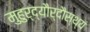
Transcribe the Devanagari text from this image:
मुहुर्द्यौर्दौस्थ्यं